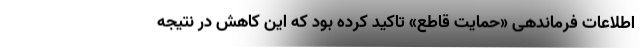
اطلاعات فرماندهی «حمایت قاطع» تاکید کرده بود که این کاهش در نتیجه